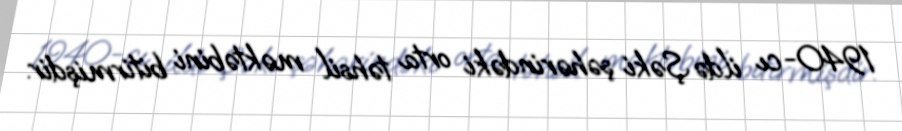
1940-cı ildə Şəki şəhərindəki orta təhsil məktəbini bitirmişdir.